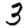
Digit: 3